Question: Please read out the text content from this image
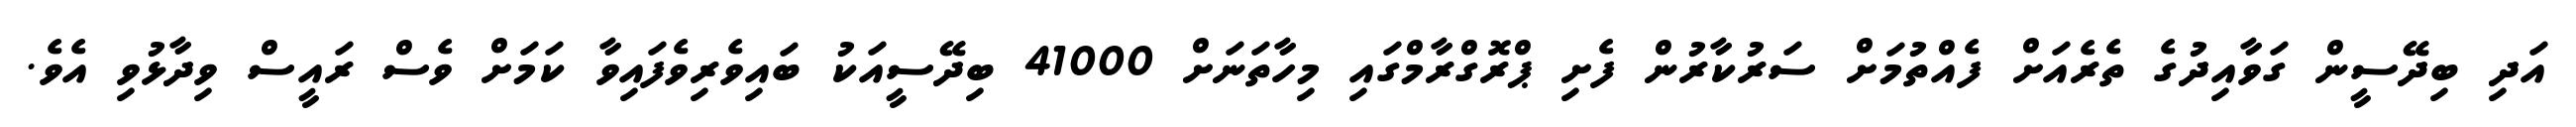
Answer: އަދި ބިދޭސީން ގަވާއިދުގެ ތެރެއަށް ފެއްތުމަށް ސަރުކާރުން ފެށި ޕްރޮގްރާމްގައި މިހާތަނަށް 41000 ބިދޭސީއަކު ބައިވެރިވެފައިވާ ކަމަށް ވެސް ރައީސް ވިދާޅުވި އެވެ.